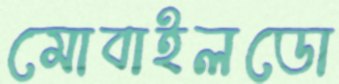
মোবাইলডো